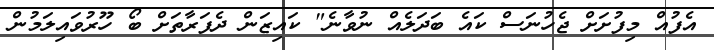
އެފުއް މިފުށަށް ޖެހުނަސް ކައެ ބަދަލެއް ނުވާނެ" ކައިޒަން ދެފަރާތަށް ބޯ ހޫރުވައިލަމުން